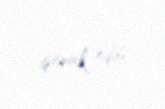
iştirak edib.